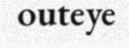
outeye